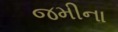
જમીના